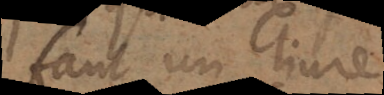
faut un livre